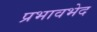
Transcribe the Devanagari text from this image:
प्रभावभेद